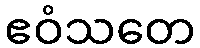
ဧဝံသတေ